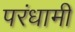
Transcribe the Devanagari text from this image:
परंधामी